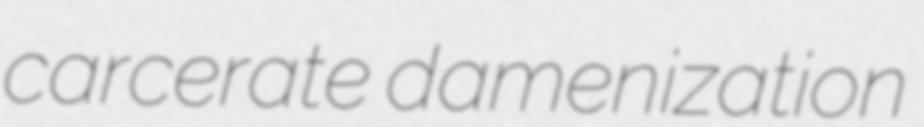
carcerate damenization